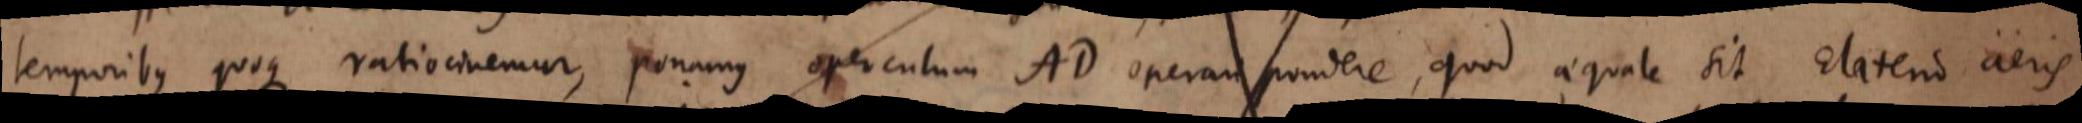
temporibus quoque ratiocinemur, ponamus operculum AD operari pondere, quod aequale sit Elaterio aeris